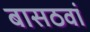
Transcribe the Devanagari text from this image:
बासठवां